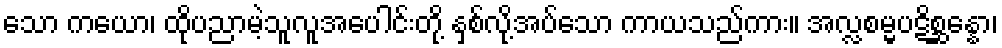
သော ကယော၊ ထိုပညာမဲ့သူလူအပေါင်းတို့ နှစ်လို့အပ်သော ကာယသည်ကား။ အလ္လစမ္မပဋိစ္ဆန္နော၊